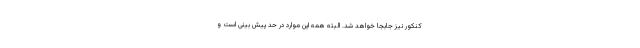
کنکور نیز جابجا خواهد شد. البته همه این موارد در حد پیش بینی است و